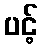
ပင့်